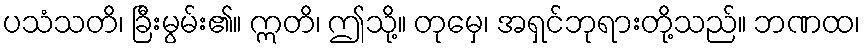
ပသံသတိ၊ ခြီးမွမ်း၏။ ဣတိ၊ ဤသို့။ တုမှေ၊ အရှင်ဘုရားတို့သည်။ ဘဏထ၊